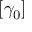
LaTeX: [ \gamma _ { 0 } ]